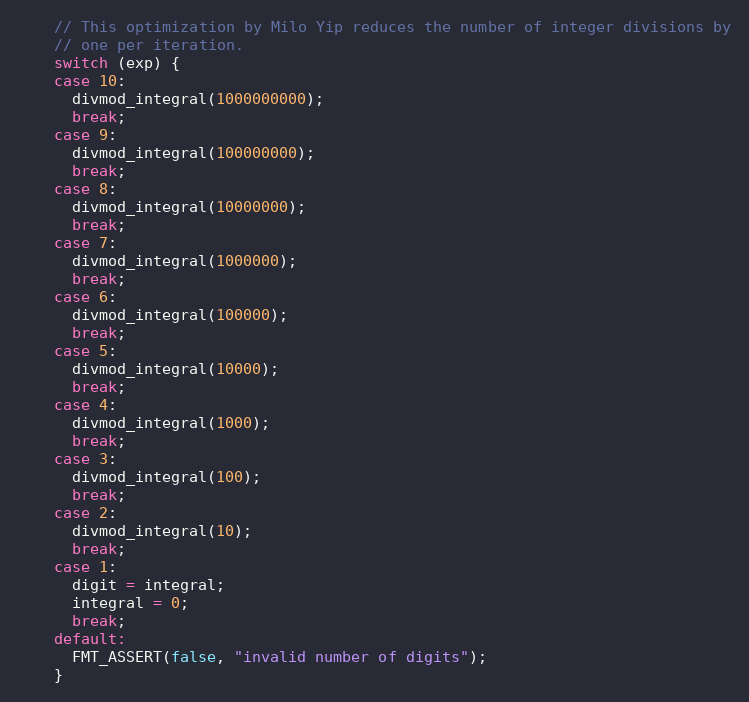
Language: C
    // This optimization by Milo Yip reduces the number of integer divisions by
    // one per iteration.
    switch (exp) {
    case 10:
      divmod_integral(1000000000);
      break;
    case 9:
      divmod_integral(100000000);
      break;
    case 8:
      divmod_integral(10000000);
      break;
    case 7:
      divmod_integral(1000000);
      break;
    case 6:
      divmod_integral(100000);
      break;
    case 5:
      divmod_integral(10000);
      break;
    case 4:
      divmod_integral(1000);
      break;
    case 3:
      divmod_integral(100);
      break;
    case 2:
      divmod_integral(10);
      break;
    case 1:
      digit = integral;
      integral = 0;
      break;
    default:
      FMT_ASSERT(false, "invalid number of digits");
    }